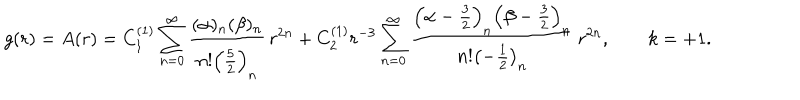
g ( r ) = A ( r ) = C _ { 1 } ^ { ( 1 ) } \sum _ { n = 0 } ^ { \infty } \frac { ( \alpha ) _ { n } ( \beta ) _ { n } } { n ! \left( \frac 5 2 \right) _ { n } } \, r ^ { 2 n } + C _ { 2 } ^ { ( 1 ) } r ^ { - 3 } \sum _ { n = 0 } ^ { \infty } \frac { \left( \alpha - \frac 3 2 \right) _ { n } \left( \beta - \frac 3 2 \right) _ { n } } { n ! \left( - \frac 1 2 \right) _ { n } } \, r ^ { 2 n } , \qquad k = + 1 .